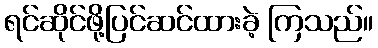
ရင်ဆိုင်ဖို့ပြင်ဆင်ထားခဲ့ ကြသည်။